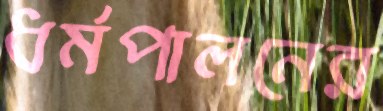
ধর্মপালনের